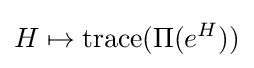
H\mapsto \operatorname {trace} (\Pi (e^{H}))